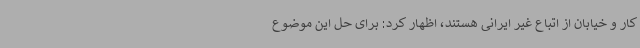
کار و خیابان از اتباع غیر ایرانی هستند، اظهار کرد: برای حل این موضوع